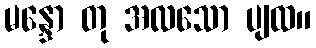
မန္ဒော တု အလသော ပျထ။